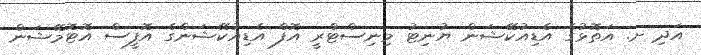
އަދި ށ. އަތޮޅުގެ އެޑިއުކޭޝަން ޔުނިޓު މިނިސްޓްރީ އޮފް އެޑިއުކޭޝަންގެ އޮފީސް އޮޓޮމޭޝަން